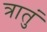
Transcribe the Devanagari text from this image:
त्रातुं